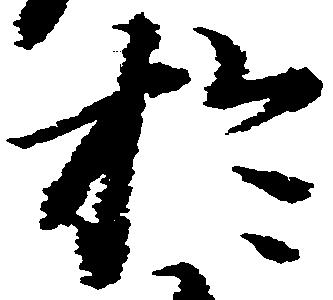
於